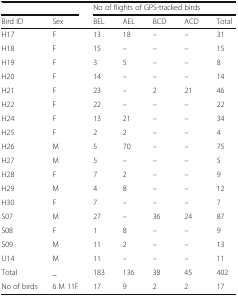
| <COLSPAN=2>  | <COLSPAN=5> No of flights of GPS-tracked birds |
 | Bird ID | Sex | BEL | AEL | BCD | ACD | Total |
 | --- | --- | --- | --- | --- | --- | --- |
 | H17 | F | 13 | 18 | – | – | 31 |
 | H18 | F | 15 | – | – | – | 15 |
 | H19 | F | 3 | 5 | – | – | 8 |
 | H20 | F | 14 | – | – | – | 14 |
 | H21 | F | 23 | – | 2 | 21 | 46 |
 | H22 | F | 22 | – | – | – | 22 |
 | H24 | F | 13 | 21 | – | – | 34 |
 | H25 | F | 2 | 2 | – | – | 4 |
 | H26 | M | 5 | 70 | – | – | 75 |
 | H27 | M | 5 | – | – | – | 5 |
 | H28 | F | 7 | 2 | – | – | 9 |
 | H29 | M | 4 | 8 | – | – | 12 |
 | H30 | F | 7 | – | – | – | 7 |
 | S07 | M | 27 | – | 36 | 24 | 87 |
 | S08 | F | 1 | 8 | – | – | 9 |
 | S09 | M | 11 | 2 | – | – | 13 |
 | U14 | M | 11 | – | – | – | 11 |
 | Total | _ | 183 | 136 | 38 | 45 | 402 |
 | No of birds | 6 M 11F | 17 | 9 | 2 | 2 | 17 |